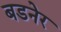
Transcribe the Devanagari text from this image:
बडनेर